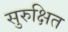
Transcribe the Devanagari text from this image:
सुरुक्षित